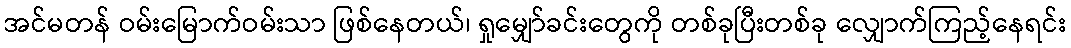
အင်မတန် ဝမ်းမြောက်ဝမ်းသာ ဖြစ်နေတယ်၊ ရှုမျှော်ခင်းတွေကို တစ်ခုပြီးတစ်ခု လျှောက်ကြည့်နေရင်း